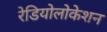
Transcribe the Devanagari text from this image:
रेडियोलोकेशन